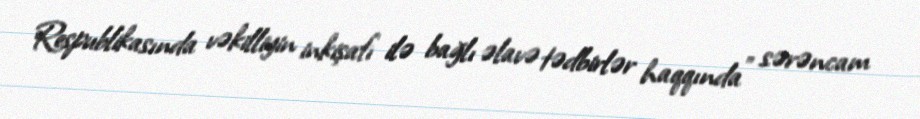
Respublikasında vəkilliyin inkişafı ilə bağlı əlavə tədbirlər haqqında” sərəncam